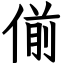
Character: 偂